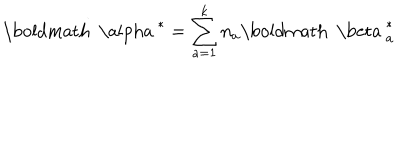
LaTeX: { \mathrm { \boldmath ~ \ a l p h a ~ } } ^ { * } = \sum _ { a = 1 } ^ { k } n _ { a } { { \mathrm { \boldmath ~ \ b e t a ~ } } _ { a } ^ { * } }